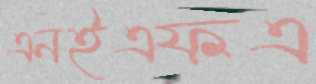
এনইএফএ